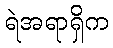
ရဲအရာရှိက